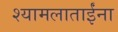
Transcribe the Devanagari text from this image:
श्यामलाताईंना